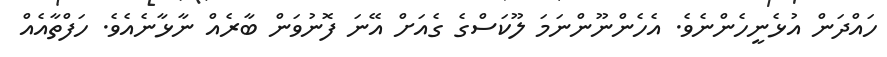
ހައްދަން އުޅެނީހެންނެވެ. އެހެންނޫންނަމަ ލޫކަސްގެ ގެއަށް އޭނަ ފޮނުވަން ބާރެއް ނާޅާނެއެވެ. ހަފްތާއެއް